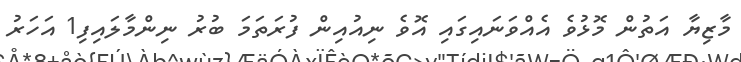
މާޒިޔާ އަތުން މޮޅުވެ އެއްވަނައިގައި އޮވެ ނިއުއިން ފުރަތަމަ ބުރު ނިންމާލައިފި1 އަހަރު